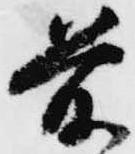
前